Scientific memoirs by medical officers of the Army of India - Part II,
Year: 1886
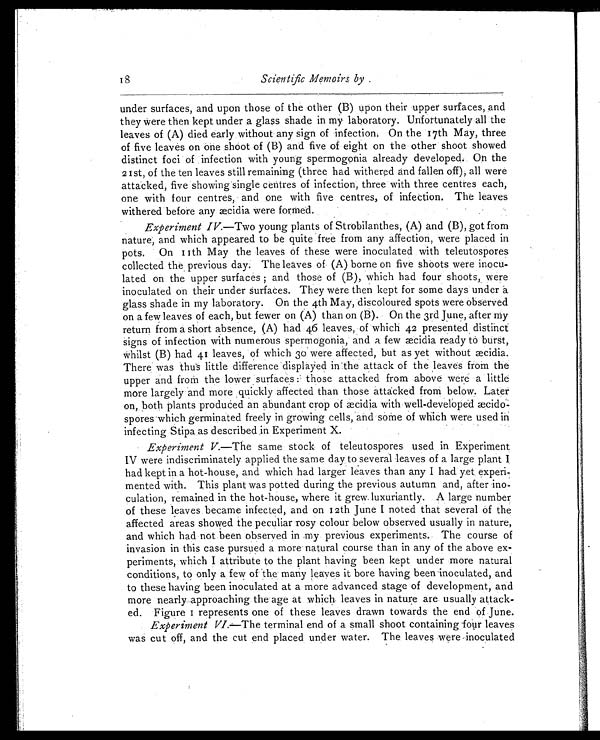
Scientific Memoirs by .
under surfaces, and upon those of the other (B) upon their upper surfaces, and
they were then kept under a glass shade in my. laboratory. Unfortunately all the
leaves of (A) died early without any sign of infection. On the 17th May, three
of five leaves on one shoot of (B) and five of eight on the other shoot showed
distinct foci of infection with young spermogonia already developed. On the
2 1 st, of the ten leaves still remaining (three had withered and fallen off), all were
attacked, five showing single centres of infection, three with three centres each,
one with four centres, and one with five centres, of infection. The leaves
withered before any æcidia were formed.
Experiment IV. —Two young plants of Strobilanthes, (A) and (B), got from
nature, and which appeared to be quite free from any affection, were placed in
pots. On 11th May the leaves of these were inoculated with teleutospores
collected the previous day. The leaves of (A) borne on five shoots were inocu-
lated on the upper surfaces ; and those of (B), which had four shoots, were
inoculated on their under Surfaces. They were then kept for some days under a
glass shade in my laboratory. On the 4th May, discoloured spots were observed
on a few leaves of each, but fewer on (A) than on (B). On the 3rd June, after my
return from a short absence, (A) had 46 leaves, of which 42 presented distinct
signs of infection with numerous spermogonia, and a few æcidia ready to burst,
whilst (B) had 41 leaves, of which 30 were affected, but as yet without
æ c i d i a .
There was thus little difference displayed in the attack of the leaves from the
upper and from the lower surfaces those attacked from above were a little
more largely and more quickly affected than those attacked from below. Later
on, both plants produced an abundant crop of æcidia with well-developed æcido-
spores which germinated freely in growing cells, and some of which were used in
infecting Stipa as described in Experiment X.
Experiment V.—The same stock of teleutospores used in Experiment
IV were indiscriminately applied the same day to several leaves of a large plant I
had kept in a hot-house, and which had larger leaves than any I had yet experi-
mented with. This plant was potted during the previous autumn and, after ino-
culation, remained in the hot-house, where it grew luxuriantly. A large number
of these leaves became infected, and on 12th June I noted that several of the
affected areas showed the peculiar rosy colour below observed usually in nature,
and which had not been observed in my previous experiments. The course of
invasion in this case pursued a more natural course than in any of the above ex-
periments, which I attribute to the plant having been kept under more natural
conditions, to only a few of the many leaves it bore having been inoculated, and
to these having been inoculated at a more advanced stage of development, and
more nearly approaching the age at which leave's in nature are usually attack-
ed. Figure I represents one of these leaves drawn towards the end of June.
Experiment VI.—The terminal end of a small shoot containing four leaves
was cut off, and the cut end placed under water. The leaves were inoculated